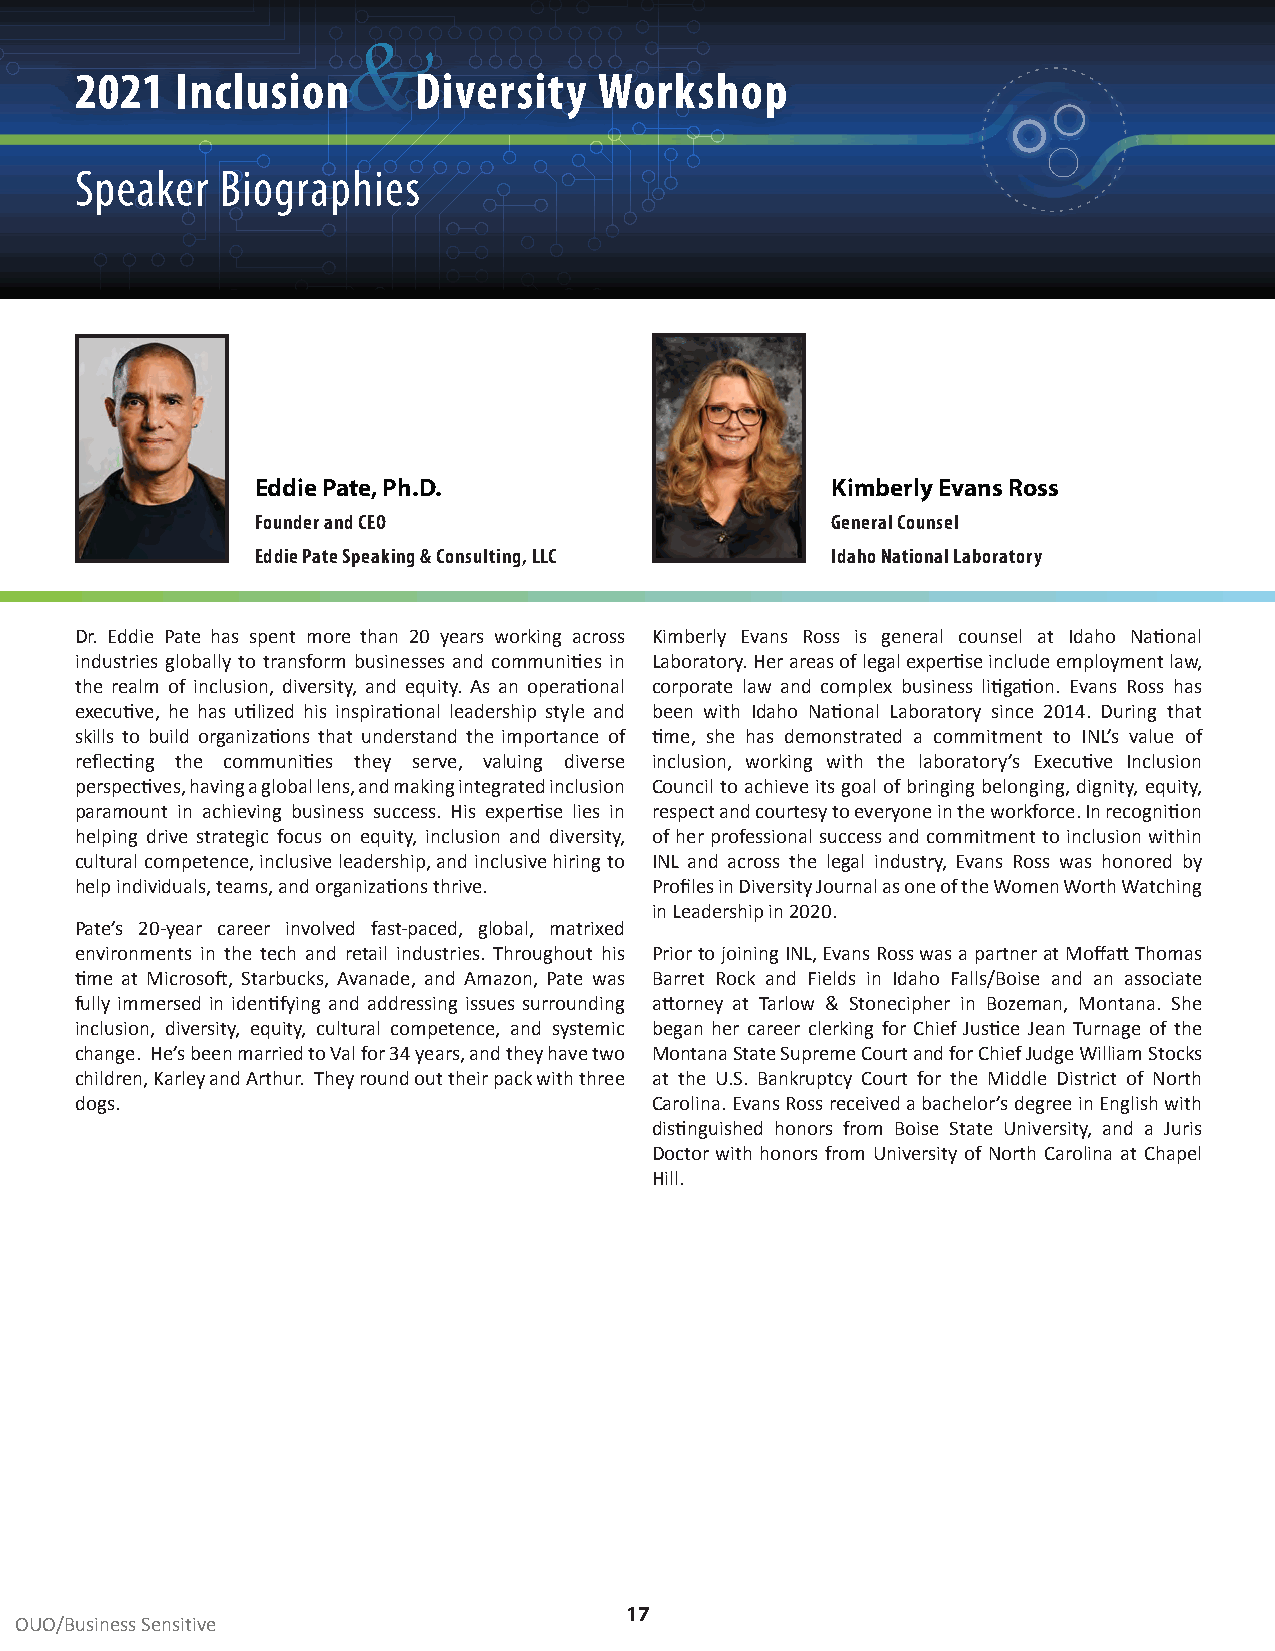
&
 2021   Inclusion      Diversity    Workshop
 Speaker   Biographies
 Eddie Pate, Ph.D.                     Kimberly Evans Ross
 Founder and CEO                       General Counsel
 Eddie Pate Speaking & Consulting, LLC Idaho National Laboratory
 Dr. Eddie Pate has spent more than 20 years working across Kimberly Evans Ross is general counsel at Idaho National
 industries globally to transform businesses and communities in Laboratory. Her areas of legal expertise include employment law,
 the realm of inclusion, diversity, and equity. As an operational corporate law and complex business litigation. Evans Ross has
 executive, he has utilized his inspirational leadership style and been with Idaho National Laboratory since 2014. During that
 skills to build organizations that understand the importance of time, she has demonstrated a commitment to INL’s value of
 reflecting the communities they serve, valuing diverse inclusion, working with the laboratory’s Executive Inclusion
 perspectives, having a global lens, and making integrated inclusion Council to achieve its goal of bringing belonging, dignity, equity,
 paramount in achieving business success. His expertise lies in respect and courtesy to everyone in the workforce. In recognition
 helping drive strategic focus on equity, inclusion and diversity, of her professional success and commitment to inclusion within
 cultural competence, inclusive leadership, and inclusive hiring to INL and across the legal industry, Evans Ross was honored by
 help individuals, teams, and organizations thrive. Profiles in Diversity Journal as one of the Women Worth Watching
 in Leadership in 2020.
 Pate’s 20-year career involved fast-paced, global, matrixed
 environments in the tech and retail industries. Throughout his Prior to joining INL, Evans Ross was a partner at Moffatt Thomas
 time at Microsoft, Starbucks, Avanade, and Amazon, Pate was Barret Rock and Fields in Idaho Falls/Boise and an associate
 fully immersed in identifying and addressing issues surrounding attorney at Tarlow & Stonecipher in Bozeman, Montana. She
 inclusion, diversity, equity, cultural competence, and systemic began her career clerking for Chief Justice Jean Turnage of the
 change. He’s been married to Val for 34 years, and they have two Montana State Supreme Court and for Chief Judge William Stocks
 children, Karley and Arthur. They round out their pack with three at the U.S. Bankruptcy Court for the Middle District of North
 dogs.                                 Carolina. Evans Ross received a bachelor’s degree in English with
 distinguished honors from Boise State University, and a Juris
 Doctor with honors from University of North Carolina at Chapel
 Hill.
 17
 OUO/Business Sensitive